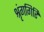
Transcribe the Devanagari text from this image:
श्रृंगगिरि